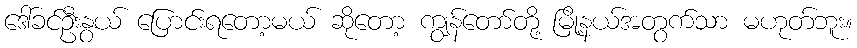
ဒေါ်ခင်ဦးနွယ် ပြောင်းရတော့မယ် ဆိုတော့ ကျွန်တော်တို့ မြို့နယ်အတွက်သာ မဟုတ်ဘူး။